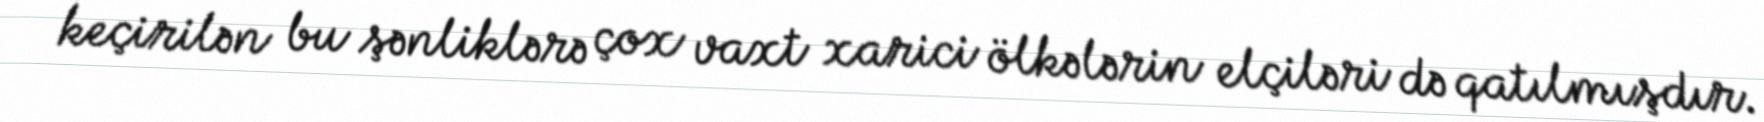
keçirilən bu şənliklərə çox vaxt xarici ölkələrin elçiləri də qatılmışdır.